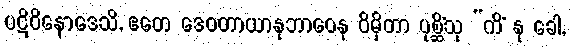
ပဋိဝိနောဒေသိ, ဧတေ ဒေဝတာယာနုဘာဝေန ဝိမှိတာ ပုစ္ဆိံသု “ကိံ နု ခေါ,